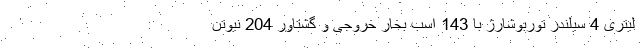
لیتری 4 سیلندر توربوشارژ با 143 اسب بخار خروجی و گشتاور 204 نیوتن